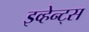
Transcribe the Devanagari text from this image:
इव्हेन्ट्‌स